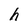
Character: h